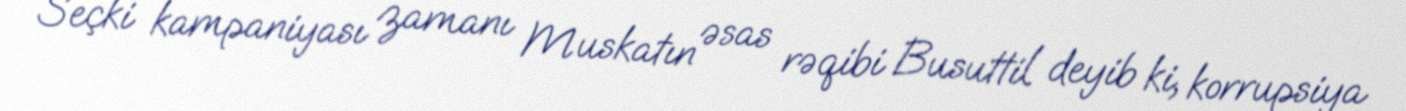
Seçki kampaniyası zamanı Muskatın əsas rəqibi Busuttil deyib ki, korrupsiya